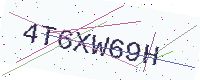
Text: 4T6XW69H